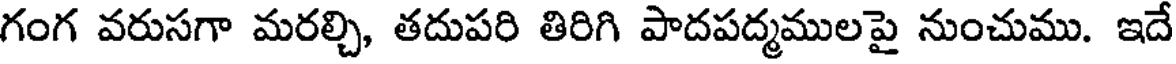
గంగ వరుసగా మరల్చి, తదుపరి తిరిగి పాదపద్మములపై నుంచుము. ఇదే